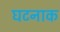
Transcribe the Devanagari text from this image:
घटनाक